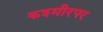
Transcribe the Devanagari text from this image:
कश्मीरपर